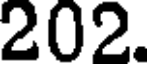
202.